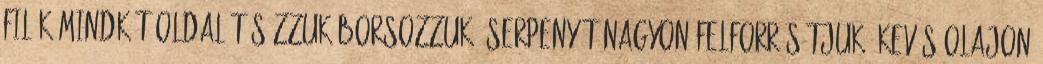
filék mindkét oldalát sózzuk-borsozzuk. Serpenyőt nagyon felforrósítjuk, kevés olajon